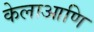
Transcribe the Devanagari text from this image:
केलाआणि